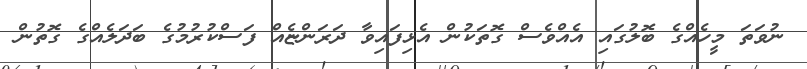
ނުވަތަ މީހެއްގެ ބޮލުގައި އެއްވެސް ގޮތަކުން އެޅިފައިވާ ދަރަންޏެއް ފަސްކުރުމުގެ ބަދަލެއްގެ ގޮތުން